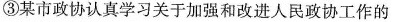
③某市政协认真学习关于加强和改进人民政协工作的